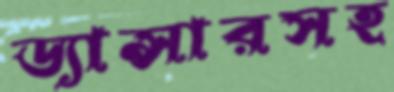
ড্যান্সারসহ